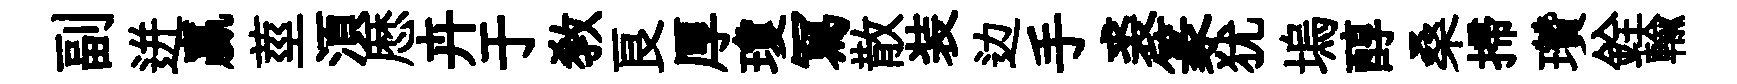
副迸贏莖湏厯卉于教良厚瓊冩散装边手裘篆犹塢醇桑掃瓚銓輸